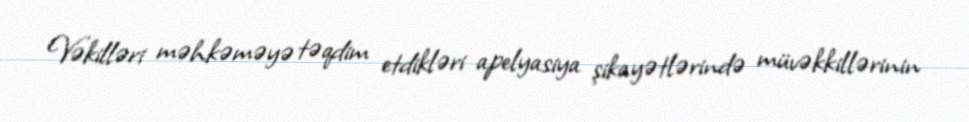
Vəkilləri məhkəməyə təqdim etdikləri apelyasiya şikayətlərində müvəkkillərinin